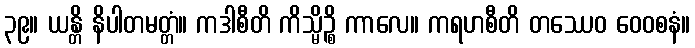
၃၉။ ယန္တိ နိပါတမတ္တံ။ ကဒါစီတိ ကိသ္မိဉ္စိ ကာလေ။ ကရဟစီတိ တဿေဝ ဝေဝစနံ။